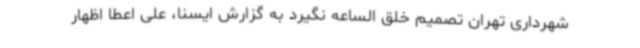
شهرداری تهران تصمیم خلق الساعه نگیرد به گزارش ایسنا، علی اعطا اظهار